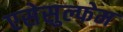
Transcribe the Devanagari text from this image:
एसेसुल्फेम